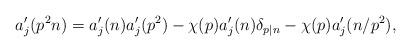
LaTeX: \begin{align*}a'_j(p^2n) = a'_j(n)a'_j(p^2) - \chi(p) a'_j(n) \delta_{p \mid n} -\chi(p) a'_j(n/p^2), \end{align*}